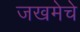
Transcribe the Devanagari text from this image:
जखमेचे